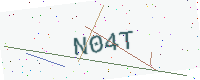
Text: N04T